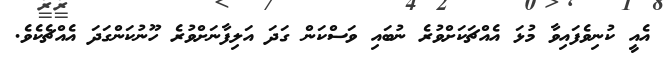
އެއީ ކުނިވެފައިވާ މުޅަ އެއްޗަކަށްވުރެ ނުބައި ވަސްކަން ގަދަ އަލިފާނަށްވުރެ ހޫނުކަންގަދަ އެއްޗެކެވެ.